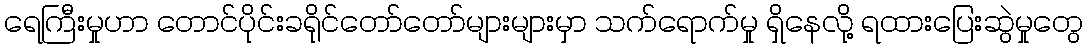
ရေကြီးမှုဟာ တောင်ပိုင်းခရိုင်တော်တော်များများမှာ သက်ရောက်မှု ရှိနေလို့ ရထားပြေးဆွဲမှုတွေ